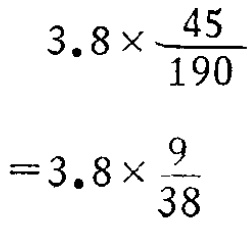
\[

\begin{align*}

3.8\times\frac{45}{190}&\\

=3.8\times\frac{9}{38}&

\end{align*}

\]